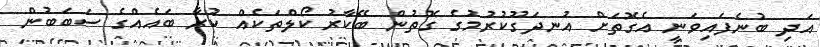
އަދި ބުނެފައިވަނީ އެގޮތަށް އުނދަގޫކުރުމުގެ ގޮތުން ބޭކާރު ކޯލްތަކެއް ކުރާ ބައެއްގެ ސަބަބުން